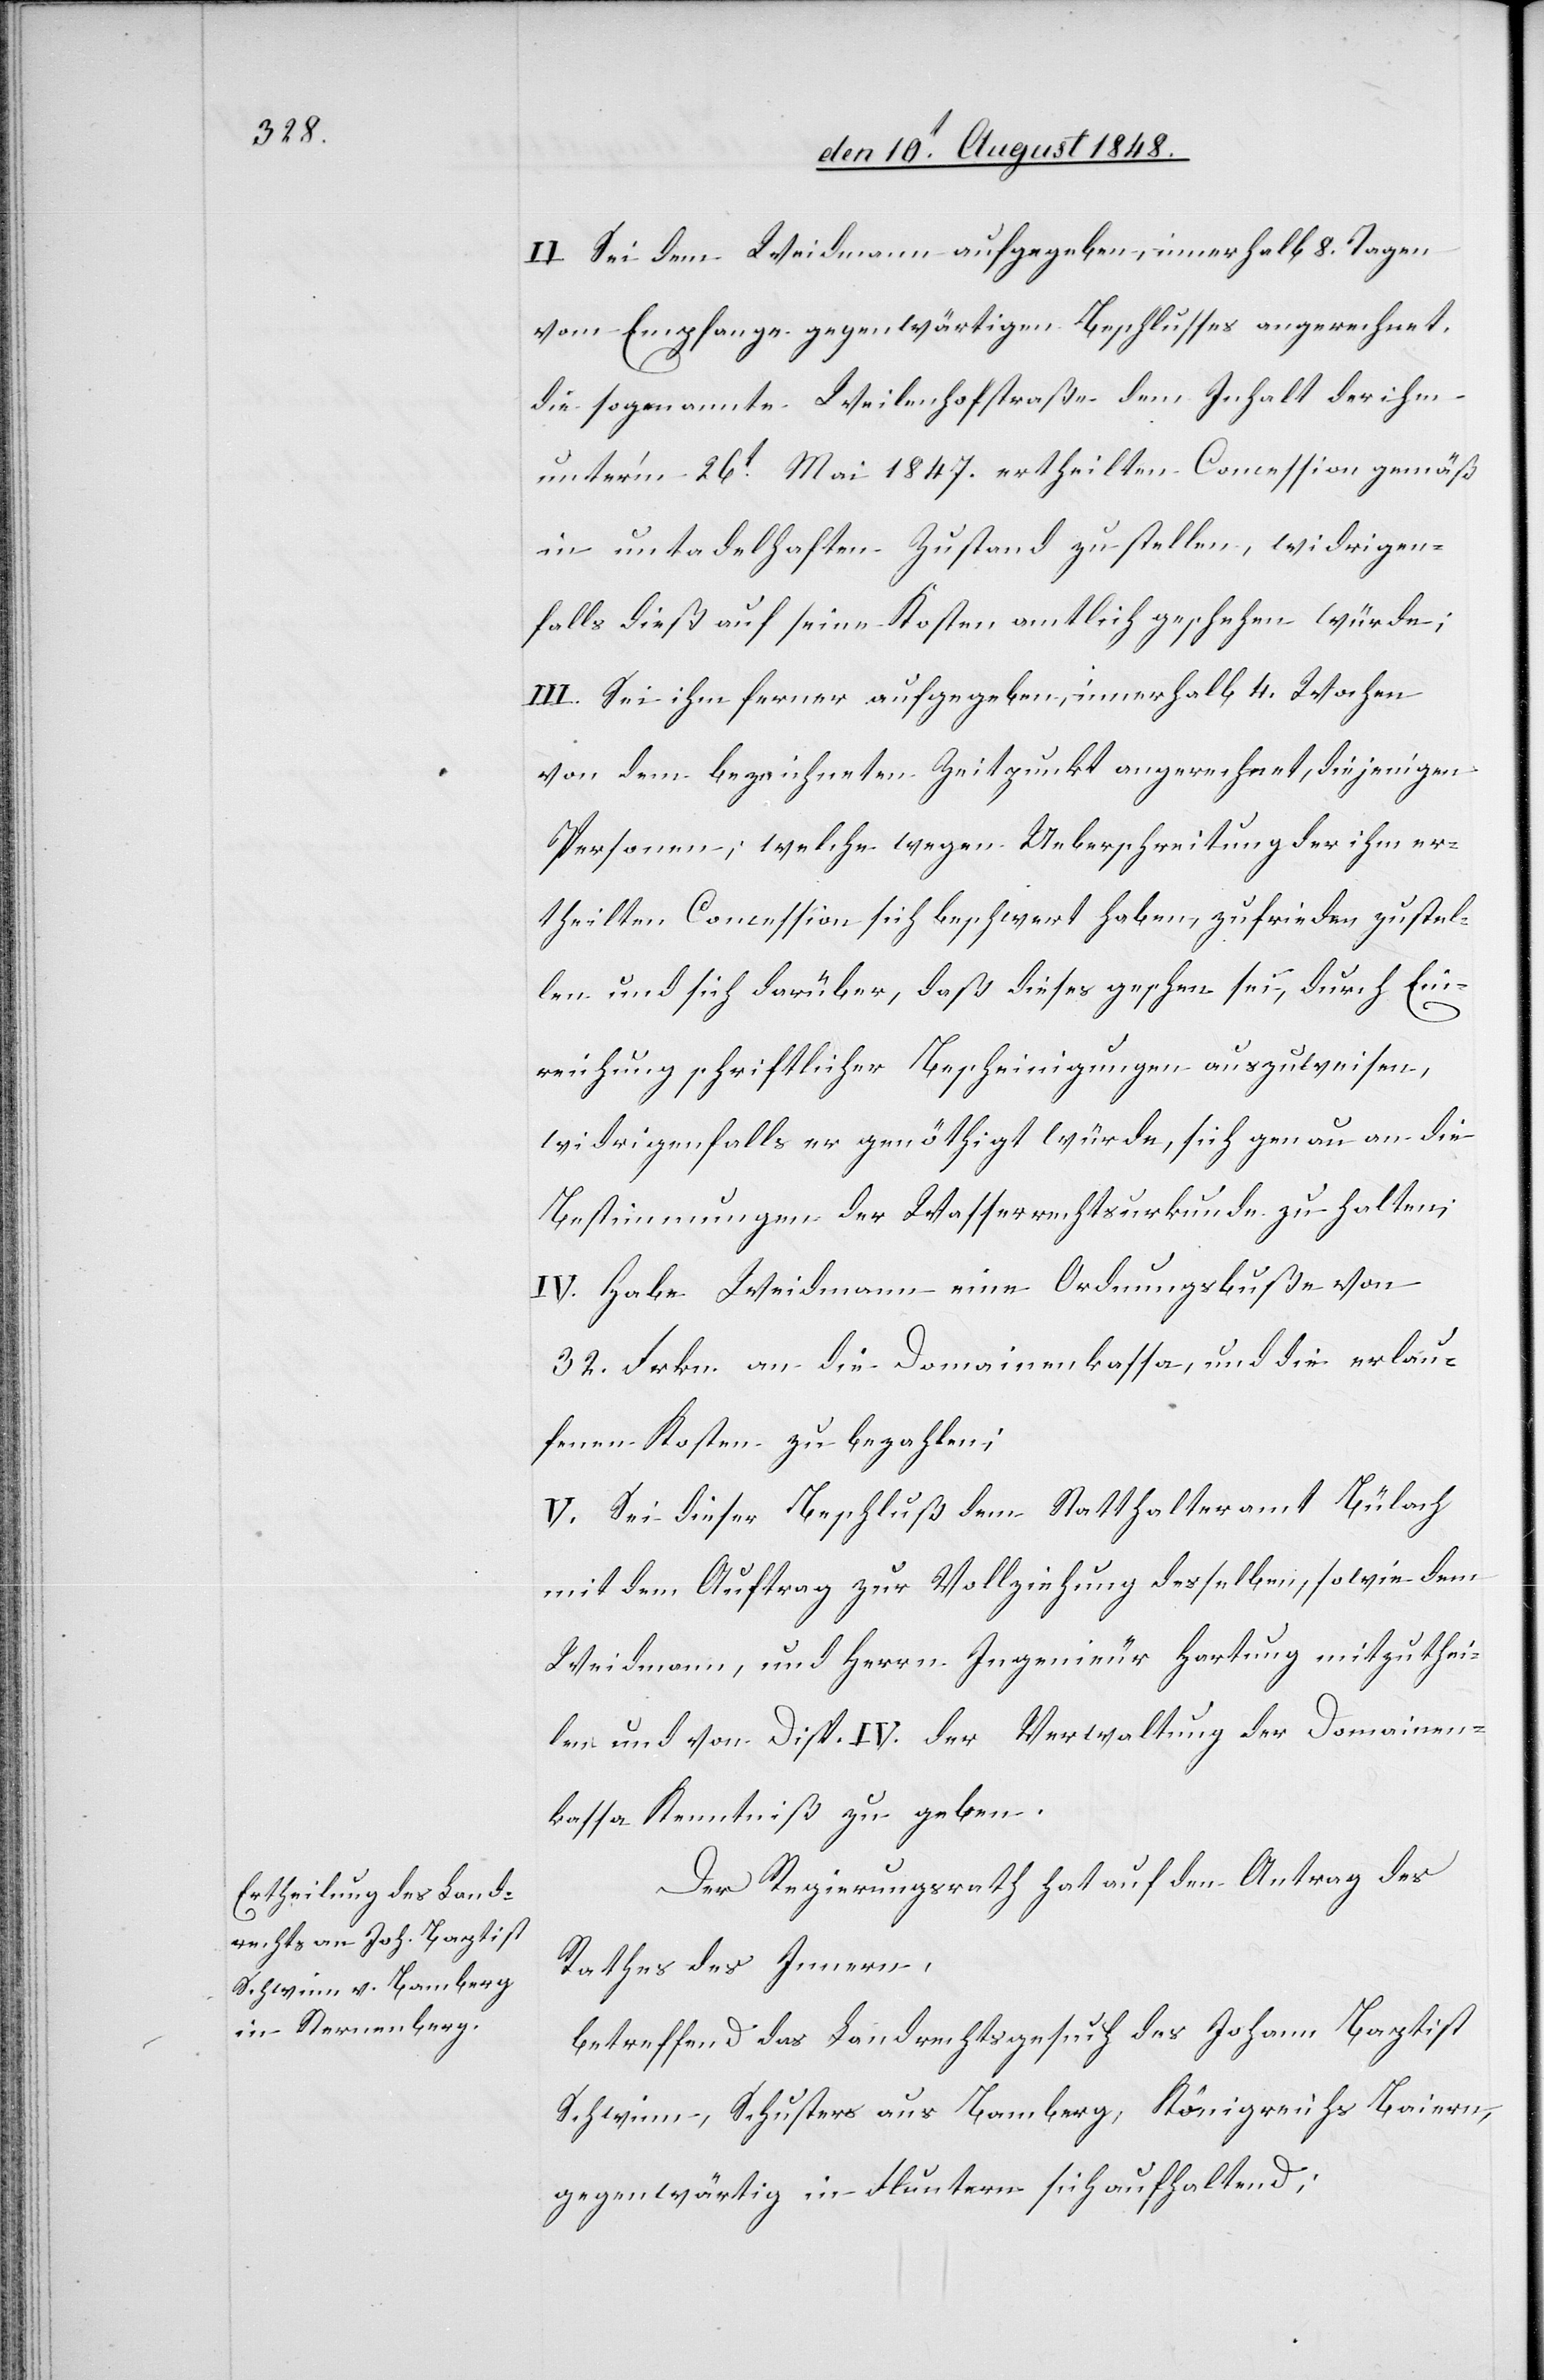
II. Sei dem Weidmann aufgegeben, innerhalb 8. Tagen
vom Empfange gegenwärtigen Beschlusses angerechnet,
die sogenannte Weilenhofstraße dem Inhalt der ihm
unter’m 26t Mai 1847. ertheilten Concession gemäß
in untadelhaften Zustand zu stellen, widrigen¬
falls dieß auf seine Kosten amtlich geschehen würde;
III. Sei ihm ferner aufgegeben, innerhalb 4. Wochen
von dem bezeichneten Zeitpunkt angerechnet, diejenigen
Personen, welche wegen Ueberschreitung der ihm er¬
theilten Concession sich beschwert haben, zufrieden zustel¬
len und sich darüber, daß dieses geschen [sic!] sei, durch Ein¬
reichung schriftlicher Bescheinigung auszuweisen,
widrigenfalls er genöthigt würde, sich genau an die
Bestimmungen der Wasserrechtsurkunde zu halten;
IV. Habe Weidmann eine Ordnungsbuße von
32. Frkn. an die Domainenkassa, und die erlau¬
fenen Kosten zu bezahlen.
V. Sei dieser Beschluß dem Statthalteramt Bülach
mit dem Auftrag zur Vollziehung desselben, sowie dem
Weidmann, und Herrn Ingenieur Hartung mitzuthei¬
len und von Disp. IV. der Verwaltung der Domainen¬
kassa Kenntniß zu geben.
Der Regierungsrath hat auf den Antrag des
Rathes des Innern,
betreffend das Landrechtsgesuch des Johann Baptist
Schwinn, Schusters aus Bamberg, Königreichs Baiern,
gegenwärtig in Fluntern sich aufhaltend;